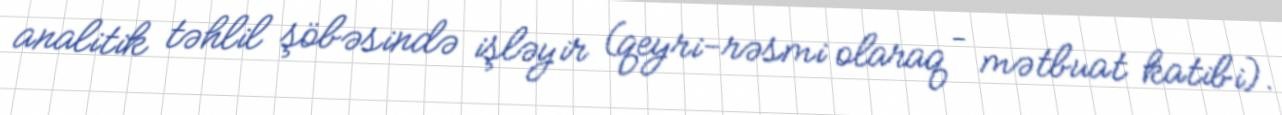
analitik təhlil şöbəsində işləyir (qeyri-rəsmi olaraq – mətbuat katibi).